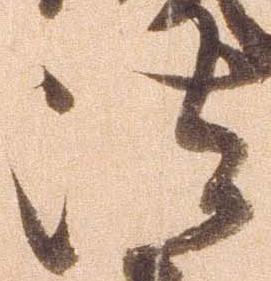
法